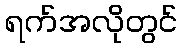
ရက်အလိုတွင်